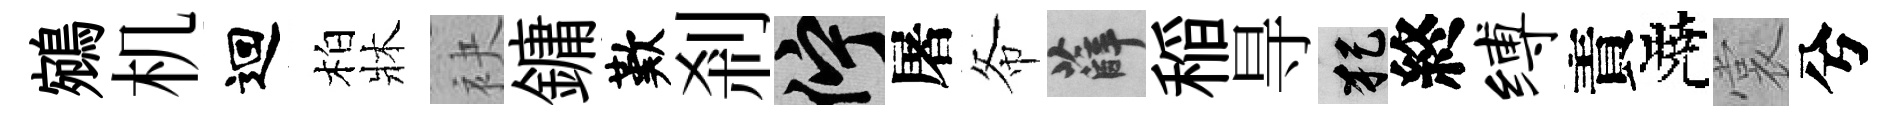
鵷机迴柏牀袂鏞歎剎伫屠𢁙薛稲㝵犯終缚責曉裳兮